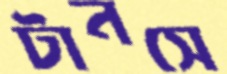
টানসে